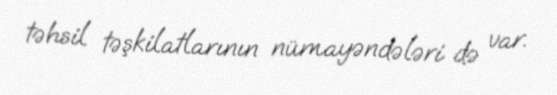
təhsil təşkilatlarının nümayəndələri də var.